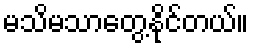
မသိမသာတွေ့နိုင်တယ်။